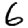
Digit: 6